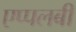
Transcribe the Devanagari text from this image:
एप्पलबी